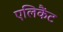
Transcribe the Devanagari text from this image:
एलिकैंट